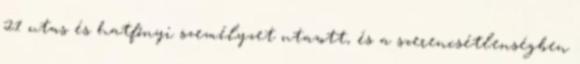
21 utas és hatfőnyi személyzet utazott, és a szerencsétlenségben